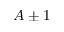
A \pm 1